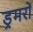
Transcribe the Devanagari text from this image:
ड्रमरों